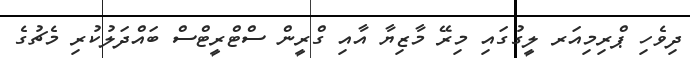
ދިވެހި ޕްރިމިއަރ ލީގުގައި މިރޭ މާޒިޔާ އާއި ގްރީން ސްޓްރީޓްސް ބައްދަލުކުރި މެޗުގެ